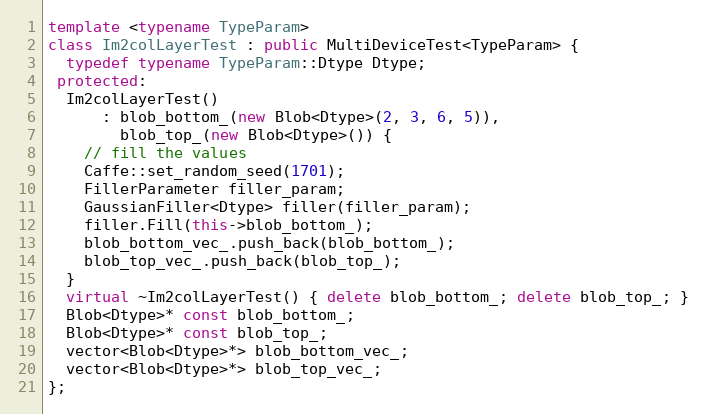
Language: C++
template <typename TypeParam>
class Im2colLayerTest : public MultiDeviceTest<TypeParam> {
  typedef typename TypeParam::Dtype Dtype;
 protected:
  Im2colLayerTest()
      : blob_bottom_(new Blob<Dtype>(2, 3, 6, 5)),
        blob_top_(new Blob<Dtype>()) {
    // fill the values
    Caffe::set_random_seed(1701);
    FillerParameter filler_param;
    GaussianFiller<Dtype> filler(filler_param);
    filler.Fill(this->blob_bottom_);
    blob_bottom_vec_.push_back(blob_bottom_);
    blob_top_vec_.push_back(blob_top_);
  }
  virtual ~Im2colLayerTest() { delete blob_bottom_; delete blob_top_; }
  Blob<Dtype>* const blob_bottom_;
  Blob<Dtype>* const blob_top_;
  vector<Blob<Dtype>*> blob_bottom_vec_;
  vector<Blob<Dtype>*> blob_top_vec_;
};